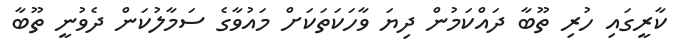
ކާރީގައި ހުރި ތޫބާ ދައްކަމުން ދިޔަ ވާހަކަތަކަށް މައުވާގެ ސަމާލުކަން ދެވުނީ ތޫބާ